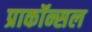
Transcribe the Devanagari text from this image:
प्राकॉन्सल